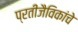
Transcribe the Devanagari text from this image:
प्रतीजैविकांचे